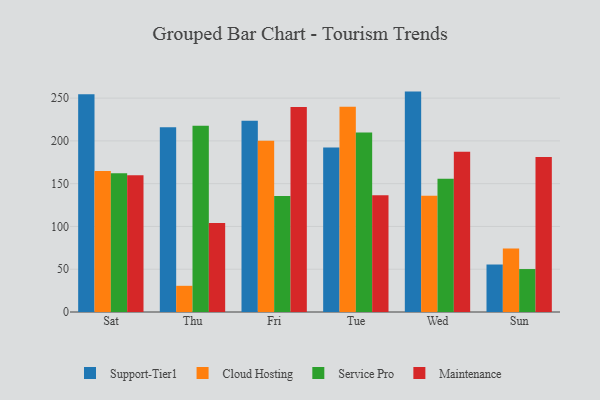
{"axis": {"x": "Day", "y": "Active Users"}, "legend": ["Cloud Hosting", "Maintenance", "Service Pro", "Support-Tier1"], "data": [{"x": "Sat", "y": 254.4, "type": "Support-Tier1"}, {"x": "Sat", "y": 164.7, "type": "Cloud Hosting"}, {"x": "Sat", "y": 162.3, "type": "Service Pro"}, {"x": "Sat", "y": 159.7, "type": "Maintenance"}, {"x": "Thu", "y": 215.8, "type": "Support-Tier1"}, {"x": "Thu", "y": 30.6, "type": "Cloud Hosting"}, {"x": "Thu", "y": 217.8, "type": "Service Pro"}, {"x": "Thu", "y": 104.0, "type": "Maintenance"}, {"x": "Fri", "y": 223.4, "type": "Support-Tier1"}, {"x": "Fri", "y": 200.3, "type": "Cloud Hosting"}, {"x": "Fri", "y": 135.6, "type": "Service Pro"}, {"x": "Fri", "y": 239.5, "type": "Maintenance"}, {"x": "Tue", "y": 192.3, "type": "Support-Tier1"}, {"x": "Tue", "y": 239.9, "type": "Cloud Hosting"}, {"x": "Tue", "y": 209.8, "type": "Service Pro"}, {"x": "Tue", "y": 136.5, "type": "Maintenance"}, {"x": "Wed", "y": 257.6, "type": "Support-Tier1"}, {"x": "Wed", "y": 136.0, "type": "Cloud Hosting"}, {"x": "Wed", "y": 155.6, "type": "Service Pro"}, {"x": "Wed", "y": 187.2, "type": "Maintenance"}, {"x": "Sun", "y": 55.5, "type": "Support-Tier1"}, {"x": "Sun", "y": 74.1, "type": "Cloud Hosting"}, {"x": "Sun", "y": 50.2, "type": "Service Pro"}, {"x": "Sun", "y": 181.1, "type": "Maintenance"}]}